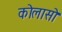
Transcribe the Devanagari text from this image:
कोलासो